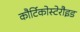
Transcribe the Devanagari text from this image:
कौर्टिकोस्टेरौइड